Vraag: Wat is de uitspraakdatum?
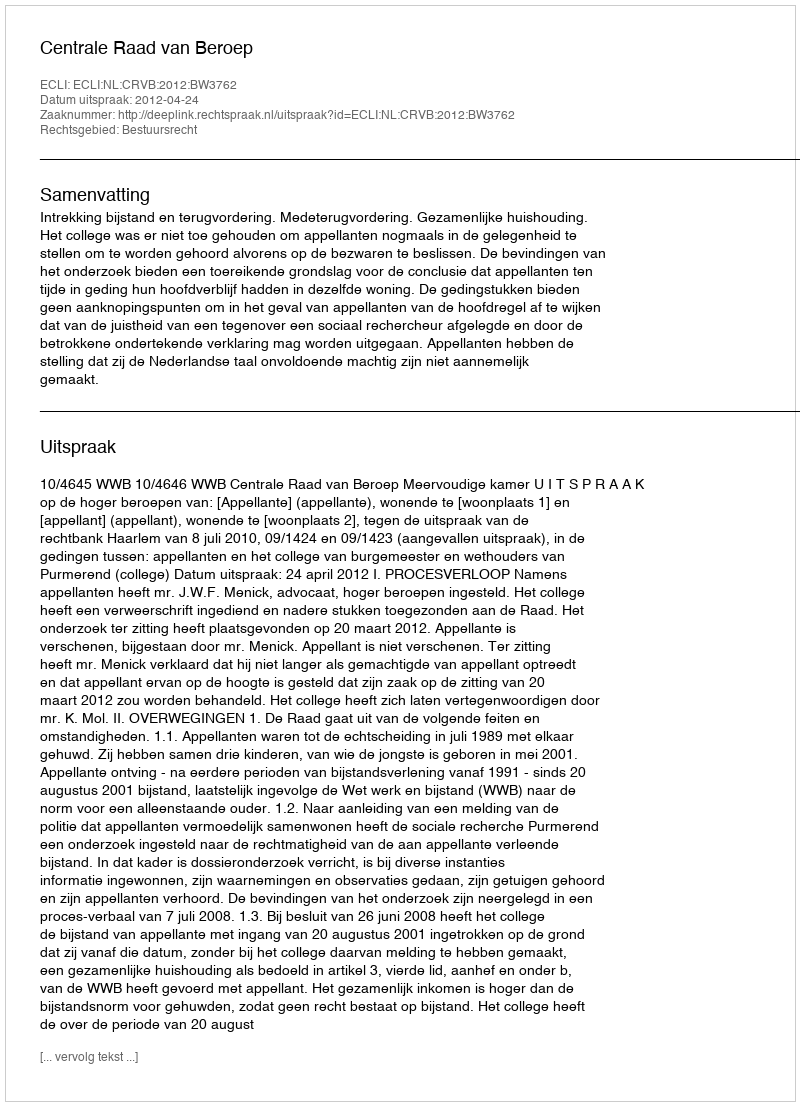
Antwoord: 2012-04-24